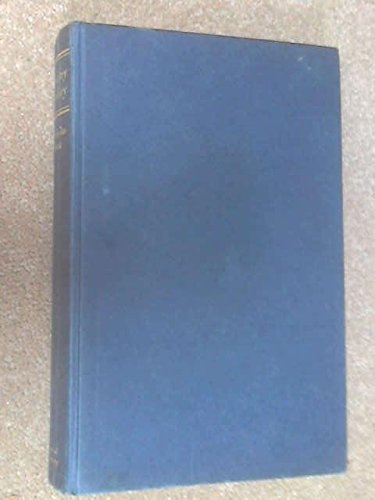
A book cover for Happy Valley: Story of the English in Kenya; Nicholas Best; History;